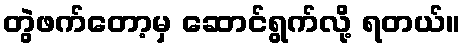
တွဲဖက်တော့မှ ဆောင်ရွက်လို့ ရတယ်။